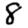
Digit: 8